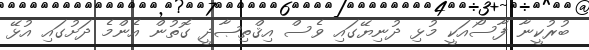
ބުރުކީނާ ފާސޯއަކީ މުޅި ދުނިޔޭގައި ވެސް އިޤްތިޞާދީ ގޮތުން އެންމެ ދަށުގައި އުޅޭ